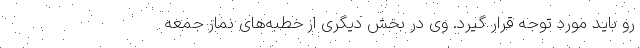
رو باید مورد توجه قرار گیرد. وی در بخش دیگری از خطبه‌های نماز جمعه